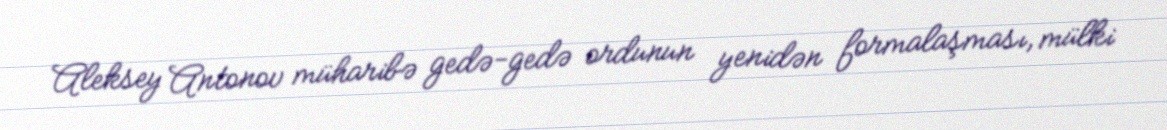
Aleksey Antonov müharibə gedə-gedə ordunun yenidən formalaşması, mülki